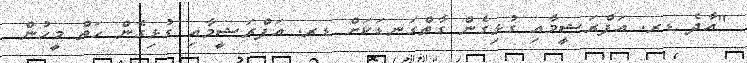
"އާދެ ޑރ. އަފްރަޝީމާއި ގުޅިގެން ގާތްގަނޑަކަށް ޑރ. އަފްރަޝީމާއި ގުޅިގެން ހަތް މީހުން